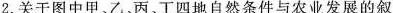
2.关于图中甲、乙、丙、丁四地自然条件与农业发展的叙